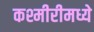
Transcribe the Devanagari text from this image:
कश्मीरीमध्ये